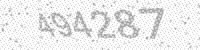
Solution: 494287